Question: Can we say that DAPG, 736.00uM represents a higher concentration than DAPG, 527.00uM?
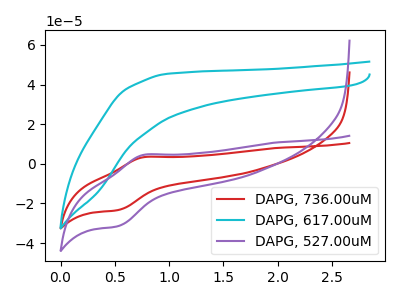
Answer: <think>The red curve "DAPG, 736.00uM" has an anodic peak at (0.75V, 3.35uA) and a cathodic peak at (0.55V, -23.30uA). The cyan curve "DAPG, 617.00uM" has no peaks. The purple curve "DAPG, 527.00uM" has an anodic peak at (0.75V, 4.55uA) and a cathodic peak at (0.55V, -31.45uA).
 All the peaks in "DAPG, 736.00uM" have a peak in "DAPG, 527.00uM" at the same potential. Every peak in "DAPG, 736.00uM" is lower than every peak in "DAPG, 527.00uM".</think>
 <answer>"DAPG, 736.00uM" has less signal than "DAPG, 527.00uM" and so likely has a lower concentration.</answer>
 <eval>less_concentration</eval>